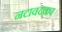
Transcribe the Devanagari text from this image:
नटावदकर